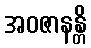
အဝဇာနန္တိ